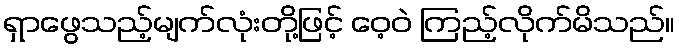
ရှာဖွေသည့်မျက်လုံးတို့ဖြင့် ဝေ့ဝဲ ကြည့်လိုက်မိသည်။